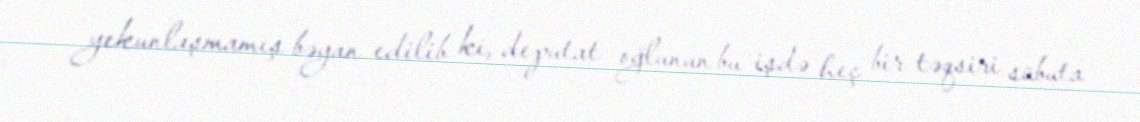
yekunlaşmamış bəyan edilib ki, deputat oğlunun bu işdə heç bir təqsiri sübuta